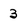
Character: 3